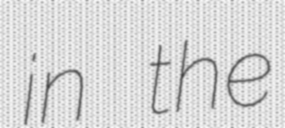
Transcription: in the